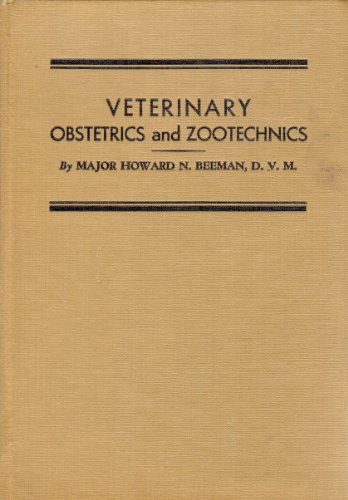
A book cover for Veterinary Obstetrics and Zootechnics (Horse); Major Howard N. Beeman; Medical Books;